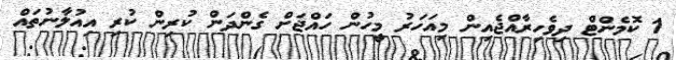
1 ކޮމެންޓް ދިވެހިރާއްޖެއިން މިއަހަރު މީހުން ހައްޖަށް ގެންދަން ކުރިން ކުރި އިއުލާނުތައް